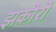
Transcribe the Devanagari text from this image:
झकोरों